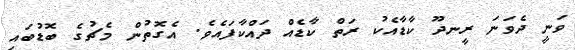
ވަނީ ދެވަނަ ރީނދޫ ކާޑާއެކު ރަތް ކާޑެއް ދައްކާފައެވެ. އެގޮތުން މެޗުގެ ބޮޑުބައި